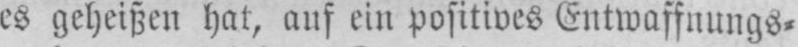
es geheißen hat, auf ein positives Entwaffnungs⸗